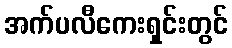
အက်ပလီကေးရှင်းတွင်